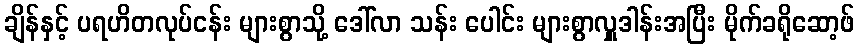
ချိန်နှင့် ပရဟိတလုပ်ငန်း များစွာသို့ ဒေါ်လာ သန်း ပေါင်း များစွာလှူဒါန်းအပြီး မိုက်ခရိုဆော့ဖ်